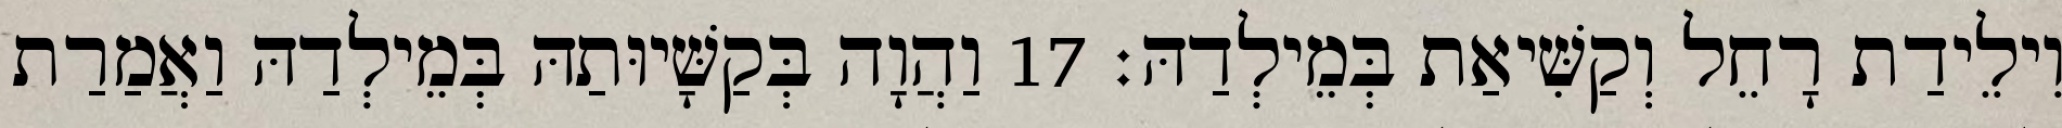
וִילֵידַת רָחֵל וְקַשִּׁיאַת בְּמֵילְדַהּ׃ 17 וַהֲוָה בְּקַשָּׁיוּתַהּ בְּמֵילְדַהּ וַאֲמַרַת